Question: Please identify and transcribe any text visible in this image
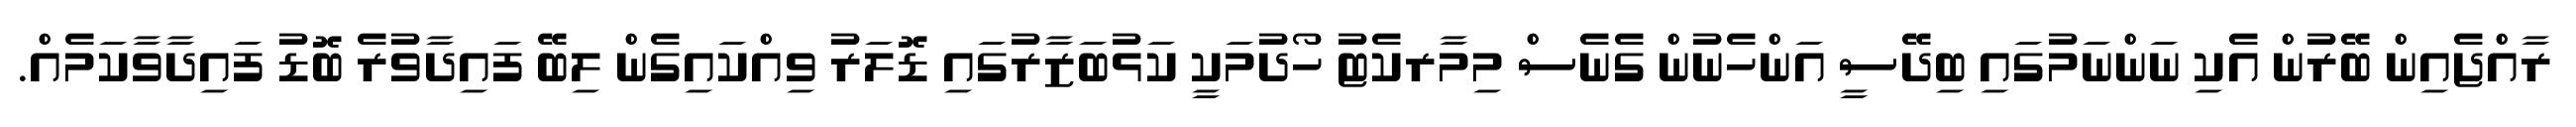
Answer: ރާއްޖެއިން ބޭރުން އެކި ނަންނަމުގައި ބިދޭސީ އަންހެނުން ގެނެސް މިމާރކެޓު ހޯދުމަކީ ކަޅުބަޒާރުގައި ޑޮލަރު ވިއްކައިގެން ލިބޭ ފައިދާވުރެ ބޮޑު ފައިދާވާކަމެއް.